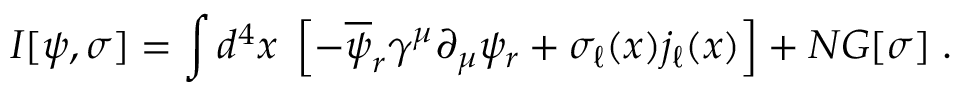
I [ \psi , \sigma ] = \int d ^ { 4 } x \; \left[ - \overline { { { \psi } } } _ { r } \gamma ^ { \mu } \partial _ { \mu } \psi _ { r } + \sigma _ { \ell } ( x ) j _ { \ell } ( x ) \right] + N G [ \sigma ] \; .